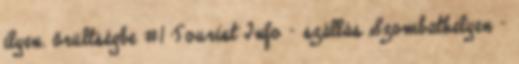
ilyen. őrültségbe #1 Tourist Info - szállás Szombathelyen -